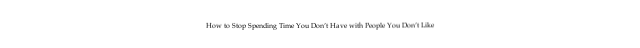
How to Stop Spending Time You Don’t Have with People You Don’t Like